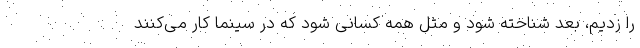
را زدیم، بعد شناخته شود و مثل همه کسانی شود که در سینما کار می‌کنند